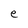
Character: e